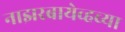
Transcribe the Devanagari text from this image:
नाझरबायेव्हच्या